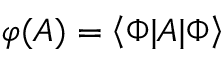
\mathcal { \varphi } ( A ) = \left\langle \Phi | A | \Phi \right\rangle